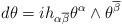
LaTeX: \begin{align*}d\theta =ih_{\alpha \overline{\beta }}\theta ^{\alpha }\wedge \theta ^{\overline{\beta }} \end{align*}